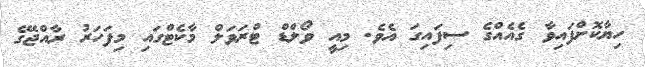
ހިޔާކޮށްފައިވާ ގެއެއްގެ ސިފައިގަ އެވެ. މިއީ ވޯލްޑް ޓްރަވަލް މާކެޓްގައި މިފަހަރު ރާއްޖޭގެ